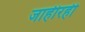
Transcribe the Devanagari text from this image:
जाहीरही